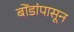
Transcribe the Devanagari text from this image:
बोंडांपासून